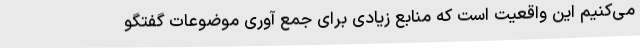
می‌کنیم این واقعیت است که منابع زیادی برای جمع آوری موضوعات گفتگو